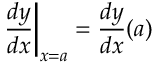
\left. { \frac { d y } { d x } } \right| _ { x = a } = { \frac { d y } { d x } } ( a )